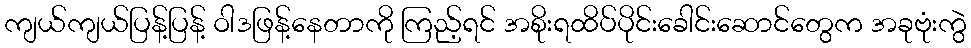
ကျယ်ကျယ်ပြန့်ပြန့် ဝါဒဖြန့်နေတာကို ကြည့်ရင် အစိုးရထိပ်ပိုင်းခေါင်းဆောင်တွေက အခုဗုံးကွဲ